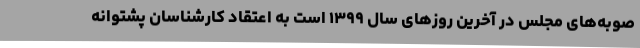
صوبه‌های مجلس در آخرین روزهای سال ۱۳۹۹ است به اعتقاد کارشناسان پشتوانه